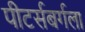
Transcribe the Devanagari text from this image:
पीटर्सबर्गला